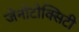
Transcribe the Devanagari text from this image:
जेनोटोक्सिटी